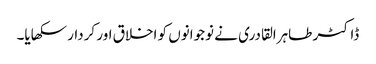
ڈاکٹر طاہرالقادری نے نوجوانوں کو اخلاق اور کردار سکھایا۔